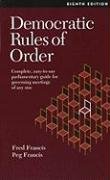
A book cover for Democratic Rules of Order: Complete, Easy-To-Use Parliamentary Guide for Governing Meetings of Any Size; Fred Francis; Reference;